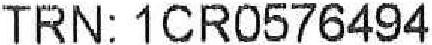
TRN: 1CR0576494